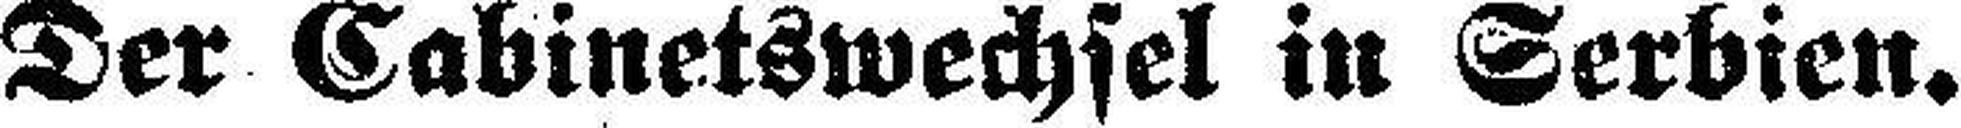
Der Cabinetswechsel in Serbien.